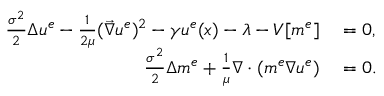
\begin{array} { r l } { \frac { \sigma ^ { 2 } } { 2 } \Delta { u ^ { e } } - \frac { 1 } { 2 \mu } ( \vec { \nabla } u ^ { e } ) ^ { 2 } - \gamma u ^ { e } ( x ) - \lambda - V [ m ^ { e } ] } & { { } = 0 , } \\ { \frac { \sigma ^ { 2 } } { 2 } \Delta m ^ { e } + \frac { 1 } { \mu } \nabla \cdot ( m ^ { e } \nabla u ^ { e } ) } & { { } = 0 . } \end{array}